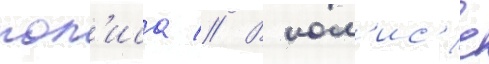
пол'иса // В пол'ис'е